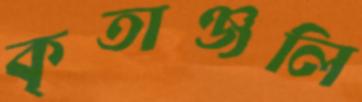
কৃতাঞ্জলি